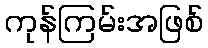
ကုန်ကြမ်းအဖြစ်